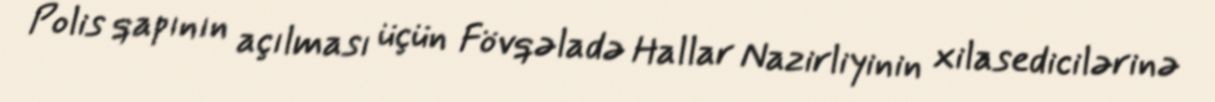
Polis qapının açılması üçün Fövqəladə Hallar Nazirliyinin xilasedicilərinə